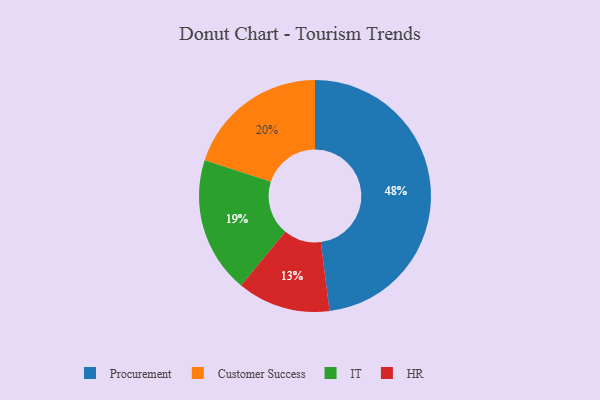
{"axis": {"x": "Category", "y": "Percentage"}, "legend": ["Customer Success", "HR", "IT", "Procurement"], "data": [{"x": "Procurement", "y": 48, "type": "Procurement"}, {"x": "IT", "y": 19, "type": "IT"}, {"x": "Customer Success", "y": 20, "type": "Customer Success"}, {"x": "HR", "y": 13, "type": "HR"}]}